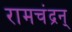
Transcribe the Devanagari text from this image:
रामचंद्रन्‌